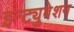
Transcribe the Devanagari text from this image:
इन्ट्युबेशन